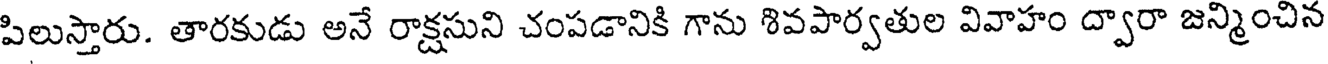
పిలుస్తారు. తారకుడు అనే రాక్షసుని చంపడానికి గాను శివపార్వతుల వివాహం ద్వారా జన్మించిన